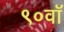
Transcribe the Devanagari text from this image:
९०वॉ